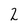
Character: 2